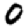
Digit: 0